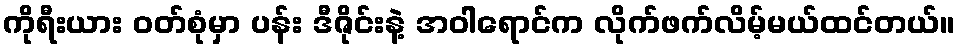
ကိုရီးယား ဝတ်စုံမှာ ပန်း ဒီဇိုင်းနဲ့ အဝါရောင်က လိုက်ဖက်လိမ့်မယ်ထင်တယ်။